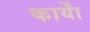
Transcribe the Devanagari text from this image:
कार्याें